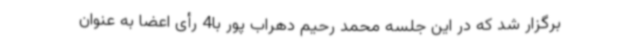
برگزار شد که در این جلسه محمد رحیم دهراب پور با4 رأی اعضا به عنوان